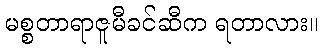
မစ္စတာရာဇူမီခင်ဆီက ရတာလား။